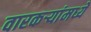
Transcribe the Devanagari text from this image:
वारकऱ्यांमध्ये